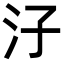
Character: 汓